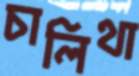
চালিথা